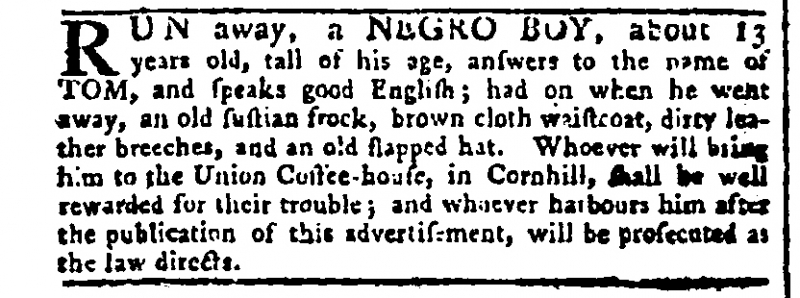
Gazetteer and New Daily Advertiser, 19 August 1771 (England)
RUN away, a NEGRO BOY, about 13 years old, tall of his age, answers to the name of TOM, and speaks good English; had on when he went away, an old fustian frock, brown cloth waistcoat, dirty leather breeches, and an old flapped hat. Whoever will bring him to the Union Coffee-house, in Cornhill, shall be well rewarded for their trouble; and whoever harbours him after the publication of this advertisement, will be prosecuted as the law directs.